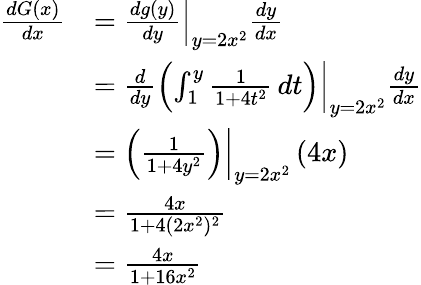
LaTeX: \begin{array}{rl}{\frac{dG(x)}{dx}}&{=\left.\frac{dg(y)}{dy}\right|_{y=2x^{2}}\frac{dy}{dx}}\\ &{=\left.\frac{d}{dy}\left(\int_{1}^{y}\frac{1}{1+4t^{2}}\, dt\right)\right|_{y=2x^{2}}\frac{dy}{dx}}\\ &{=\left.\left(\frac{1}{1+4y^{2}}\right)\right|_{y=2x^{2}}\, (4x)}\\ &{=\frac{4x}{1+4(2x^{2})^{2}}}\\ &{=\frac{4x}{1+16x^{2}}}\end{array}